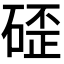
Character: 𮀬